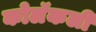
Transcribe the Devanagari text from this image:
कोलॅकली